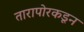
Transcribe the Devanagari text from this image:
तारापोरकडून